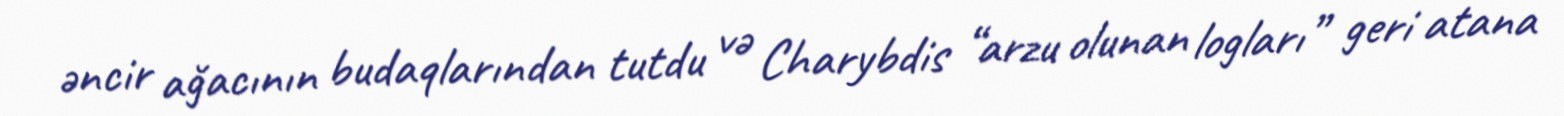
əncir ağacının budaqlarından tutdu və Charybdis “arzu olunan logları” geri atana